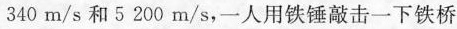
340 m/s 和 5 200m/s，一人用铁锤敲击一下铁桥